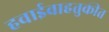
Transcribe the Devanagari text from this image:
हवाईवाहतुकीत